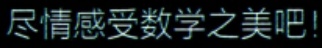
尽情感受数学之美吧!